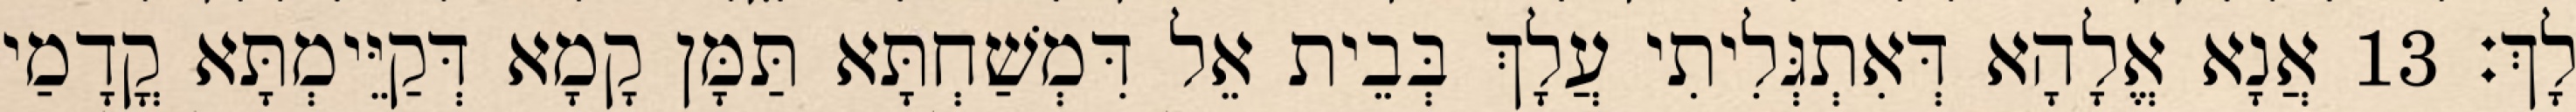
לָךְ׃ 13 אֲנָא אֱלָהָא דְּאִתְגְּלִיתִי עֲלָךְ בְּבֵית אֵל דִּמְשַׁחְתָּא תַּמָּן קָמָא דְּקַיֵּימְתָּא קֳדָמַי